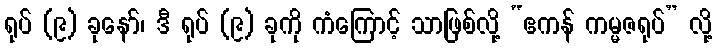
ရုပ် (၉) ခုနော်၊ ဒီ ရုပ် (၉) ခုကို ကံကြောင့် သာဖြစ်လို့ “ဧကန် ကမ္မဇရုပ်” လို့